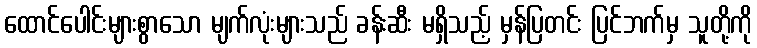
ထောင်ပေါင်းများစွာသော မျက်လုံးများသည် ခန်းဆီး မရှိသည့် မှန်ပြတင်း ပြင်ဘက်မှ သူတို့ကို